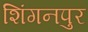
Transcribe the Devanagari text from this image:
शिंगनपुर